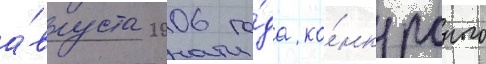
а́вгуста 2006 го́да ко́нкурсного